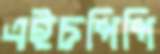
এইচপিপি